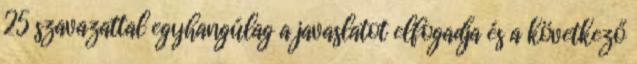
25 szavazattal egyhangúlag a javaslatot elfogadja és a következő